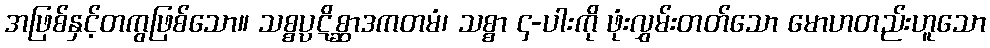
အဖြစ်နှင့်တကွဖြစ်သော။ သစ္စပ္ပဋိစ္ဆာဒကတမံ၊ သစ္စာ ၄-ပါးကို ဖုံးလွှမ်းတတ်သော မောဟတည်းဟူသော